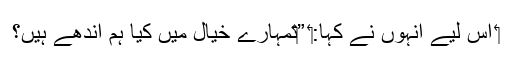
‏ اِس لیے اُنہوں نے کہا:‏ ”‏تمہارے خیال میں کیا ہم اندھے ہیں؟